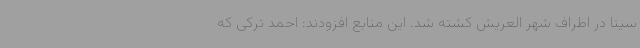
سینا در اطراف شهر العریش کشته شد. این منابع افزودند: احمد ترکی که